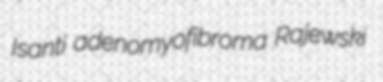
Isanti adenomyofibroma Rajewski